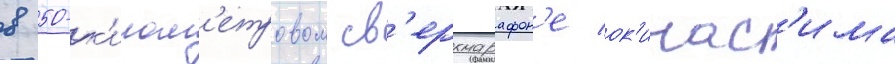
в 50-к'илом'етровом св'ерхмарафон'е ок'инас'има